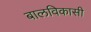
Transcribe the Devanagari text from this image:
बालविकासी